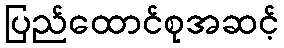
ပြည်ထောင်စုအဆင့်